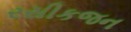
રસીકજન